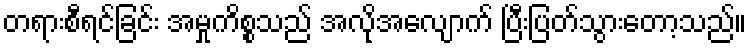
တရားစီရင်ခြင်း အမှုကိစ္စသည် အလိုအလျောက် ပြီးပြတ်သွားတော့သည်။